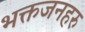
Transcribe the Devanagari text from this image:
भक्तजनहरु